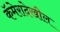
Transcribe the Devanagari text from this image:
कॅमेरादेखील